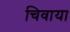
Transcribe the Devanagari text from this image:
चिवाया